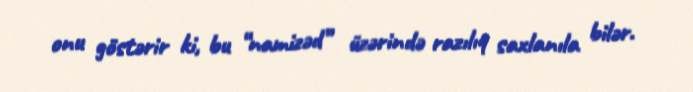
onu göstərir ki, bu “namizəd” üzərində razılıq saxlanıla bilər.